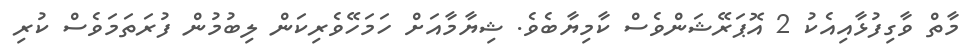
މާތް ވާގިފުޅާއިއެކު 2 އޮޕަރޭޝަންވެސް ކާމިޔާބެވެ. ޝިޔާމާއަށް ހަމަހޭވެރިކަން ލިބުމުން ފުރަތަމަވެސް ކުރި